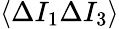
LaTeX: \langle\Delta I_{1}\Delta I_{3}\rangle